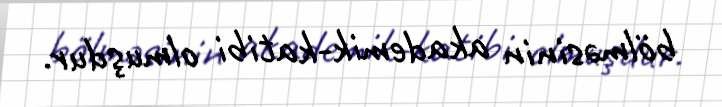
bölməsinin akademik-katibi olmuşdur.